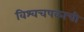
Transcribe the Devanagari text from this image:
विश्वचषकाची